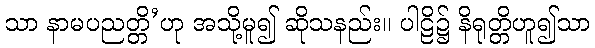
သာ နာမပညတ္တိ’ဟု အသို့မူ၍ ဆိုသနည်း။ ပါဠိ၌ နိရုတ္တိဟူ၍သာ